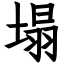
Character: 塌